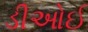
ડીઓઈ